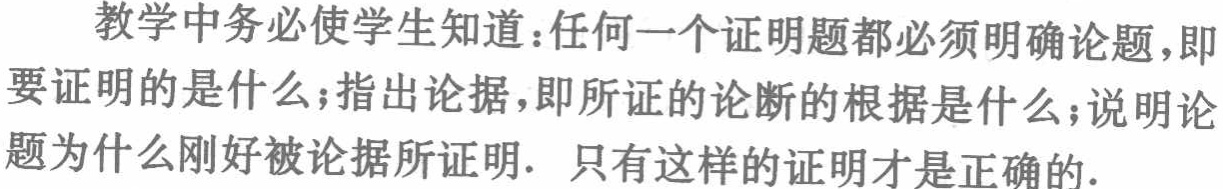
教学中务必使学生知道：任何一个证明题都必须明确论题，即要证明的是什么；指出论据，即所证的论断的根据是什么；说明论题为什么刚好被论据所证明. 只有这样的证明才是正确的.